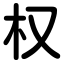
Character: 权